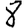
Digit: 8